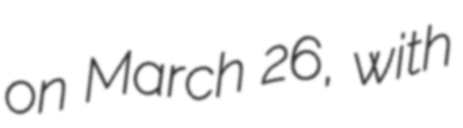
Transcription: on March 26, with